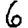
Digit: 6